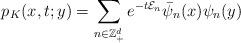
LaTeX: \begin{align*}p_{K}(x,t;y)=\sum_{n\in \mathbb{Z}^d_+}e^{-t\mathcal{E}_n} \bar{\psi}_n(x) \psi_n(y)\end{align*}